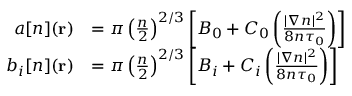
\begin{array} { r l } { a [ n ] ( \mathbf { r } ) } & { = \pi \left( \frac { n } { 2 } \right) ^ { 2 / 3 } \left[ B _ { 0 } + C _ { 0 } \left( \frac { | \nabla n | ^ { 2 } } { 8 n \tau _ { 0 } } \right) \right] } \\ { b _ { i } [ n ] ( \mathbf { r } ) } & { = \pi \left( \frac { n } { 2 } \right) ^ { 2 / 3 } \left[ B _ { i } + C _ { i } \left( \frac { | \nabla n | ^ { 2 } } { 8 n \tau _ { 0 } } \right) \right] } \end{array}